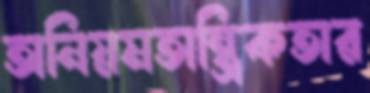
অনিয়মতান্ত্রিকতার